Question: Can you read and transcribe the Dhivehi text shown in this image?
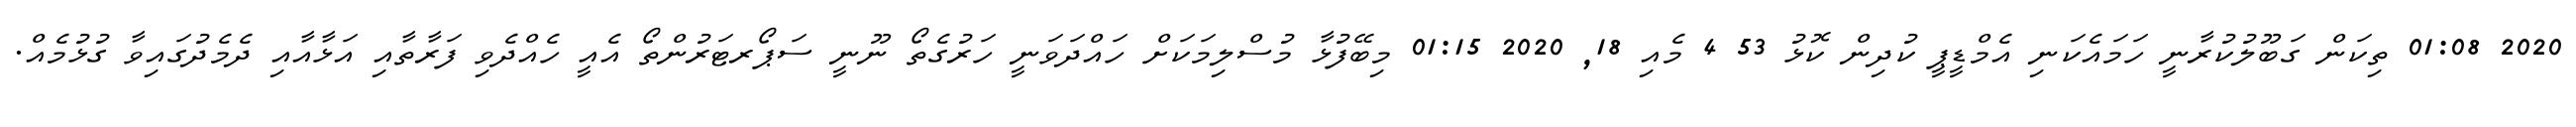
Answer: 2020 01:08 ތިކަން ގަބޫލުކުރާނީ ހަމައެކަނި އެމްޑީޕީ ކުދިން ކޮޅު 53 4 މެއި 18, 2020 01:15 މިބޭފުޅާ މުސްލިމަކަށް ހައްދަވަނީ ހަރުގެތޯ ނޫނީ ސަޕޯރޓަރުންތޯ އެއީ ހެއްދެވި ފަރާތާއި އަޅާއާއި ދެމެދުގައިވާ ގުޅުމެއް.